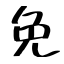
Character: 免